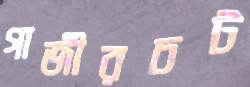
গাজীরচট